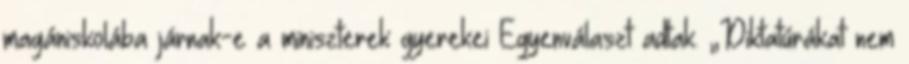
magániskolába járnak-e a miniszterek gyerekei Egyenválaszt adtak. „Diktatúrákat nem